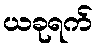
ယခုရက်